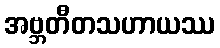
အဗ္ဘတီတသဟာယဿ